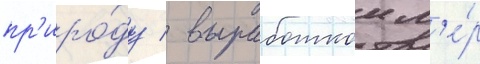
пр'иро́ду / выработкои м'е́р